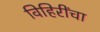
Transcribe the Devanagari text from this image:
विहिरींचा